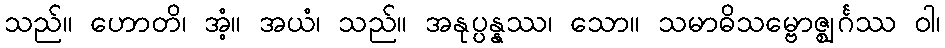
သည်။ ဟောတိ၊ အံ့။ အယံ၊ သည်။ အနုပ္ပန္နဿ၊ သော။ သမာဓိသမ္ဗောဇ္ဈင်္ဂဿ ဝါ၊